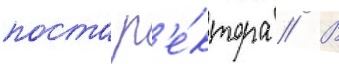
поста р'е́ктора // В